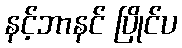
နင့်ဘာနင် ပြိုင်ပ